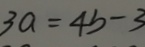
3 a = 4 b - 3